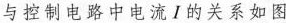
与控制电路中电流Ⅰ的关系如图